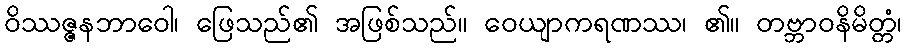
ဝိဿဇ္ဇနဘာဝေါ၊ ဖြေသည်၏ အဖြစ်သည်။ ဝေယျာကရဏဿ၊ ၏။ တဗ္ဘာဝနိမိတ္တံ၊